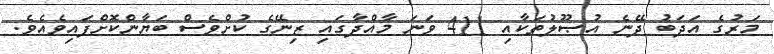
މަރުގެ އަދަބު ދޭނެ އުޞޫލުތަކާއި 411 ވަނަ މާއްދާގައި ޒިނޭގެ ކުށްވެސް ބަޔާންކޮށްފައިވެއެވެ.